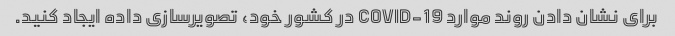
برای نشان دادن روند موارد COVID-19 در کشور خود، تصویرسازی داده ایجاد کنید.